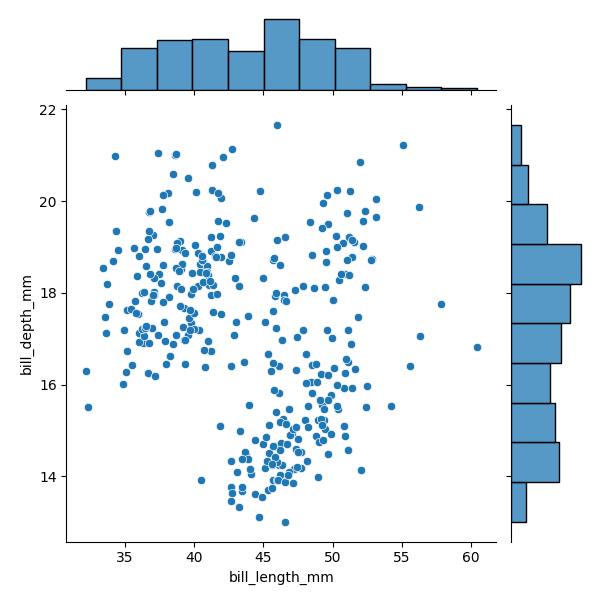
python, seaborn, JointGrid, scatterplot, histplot